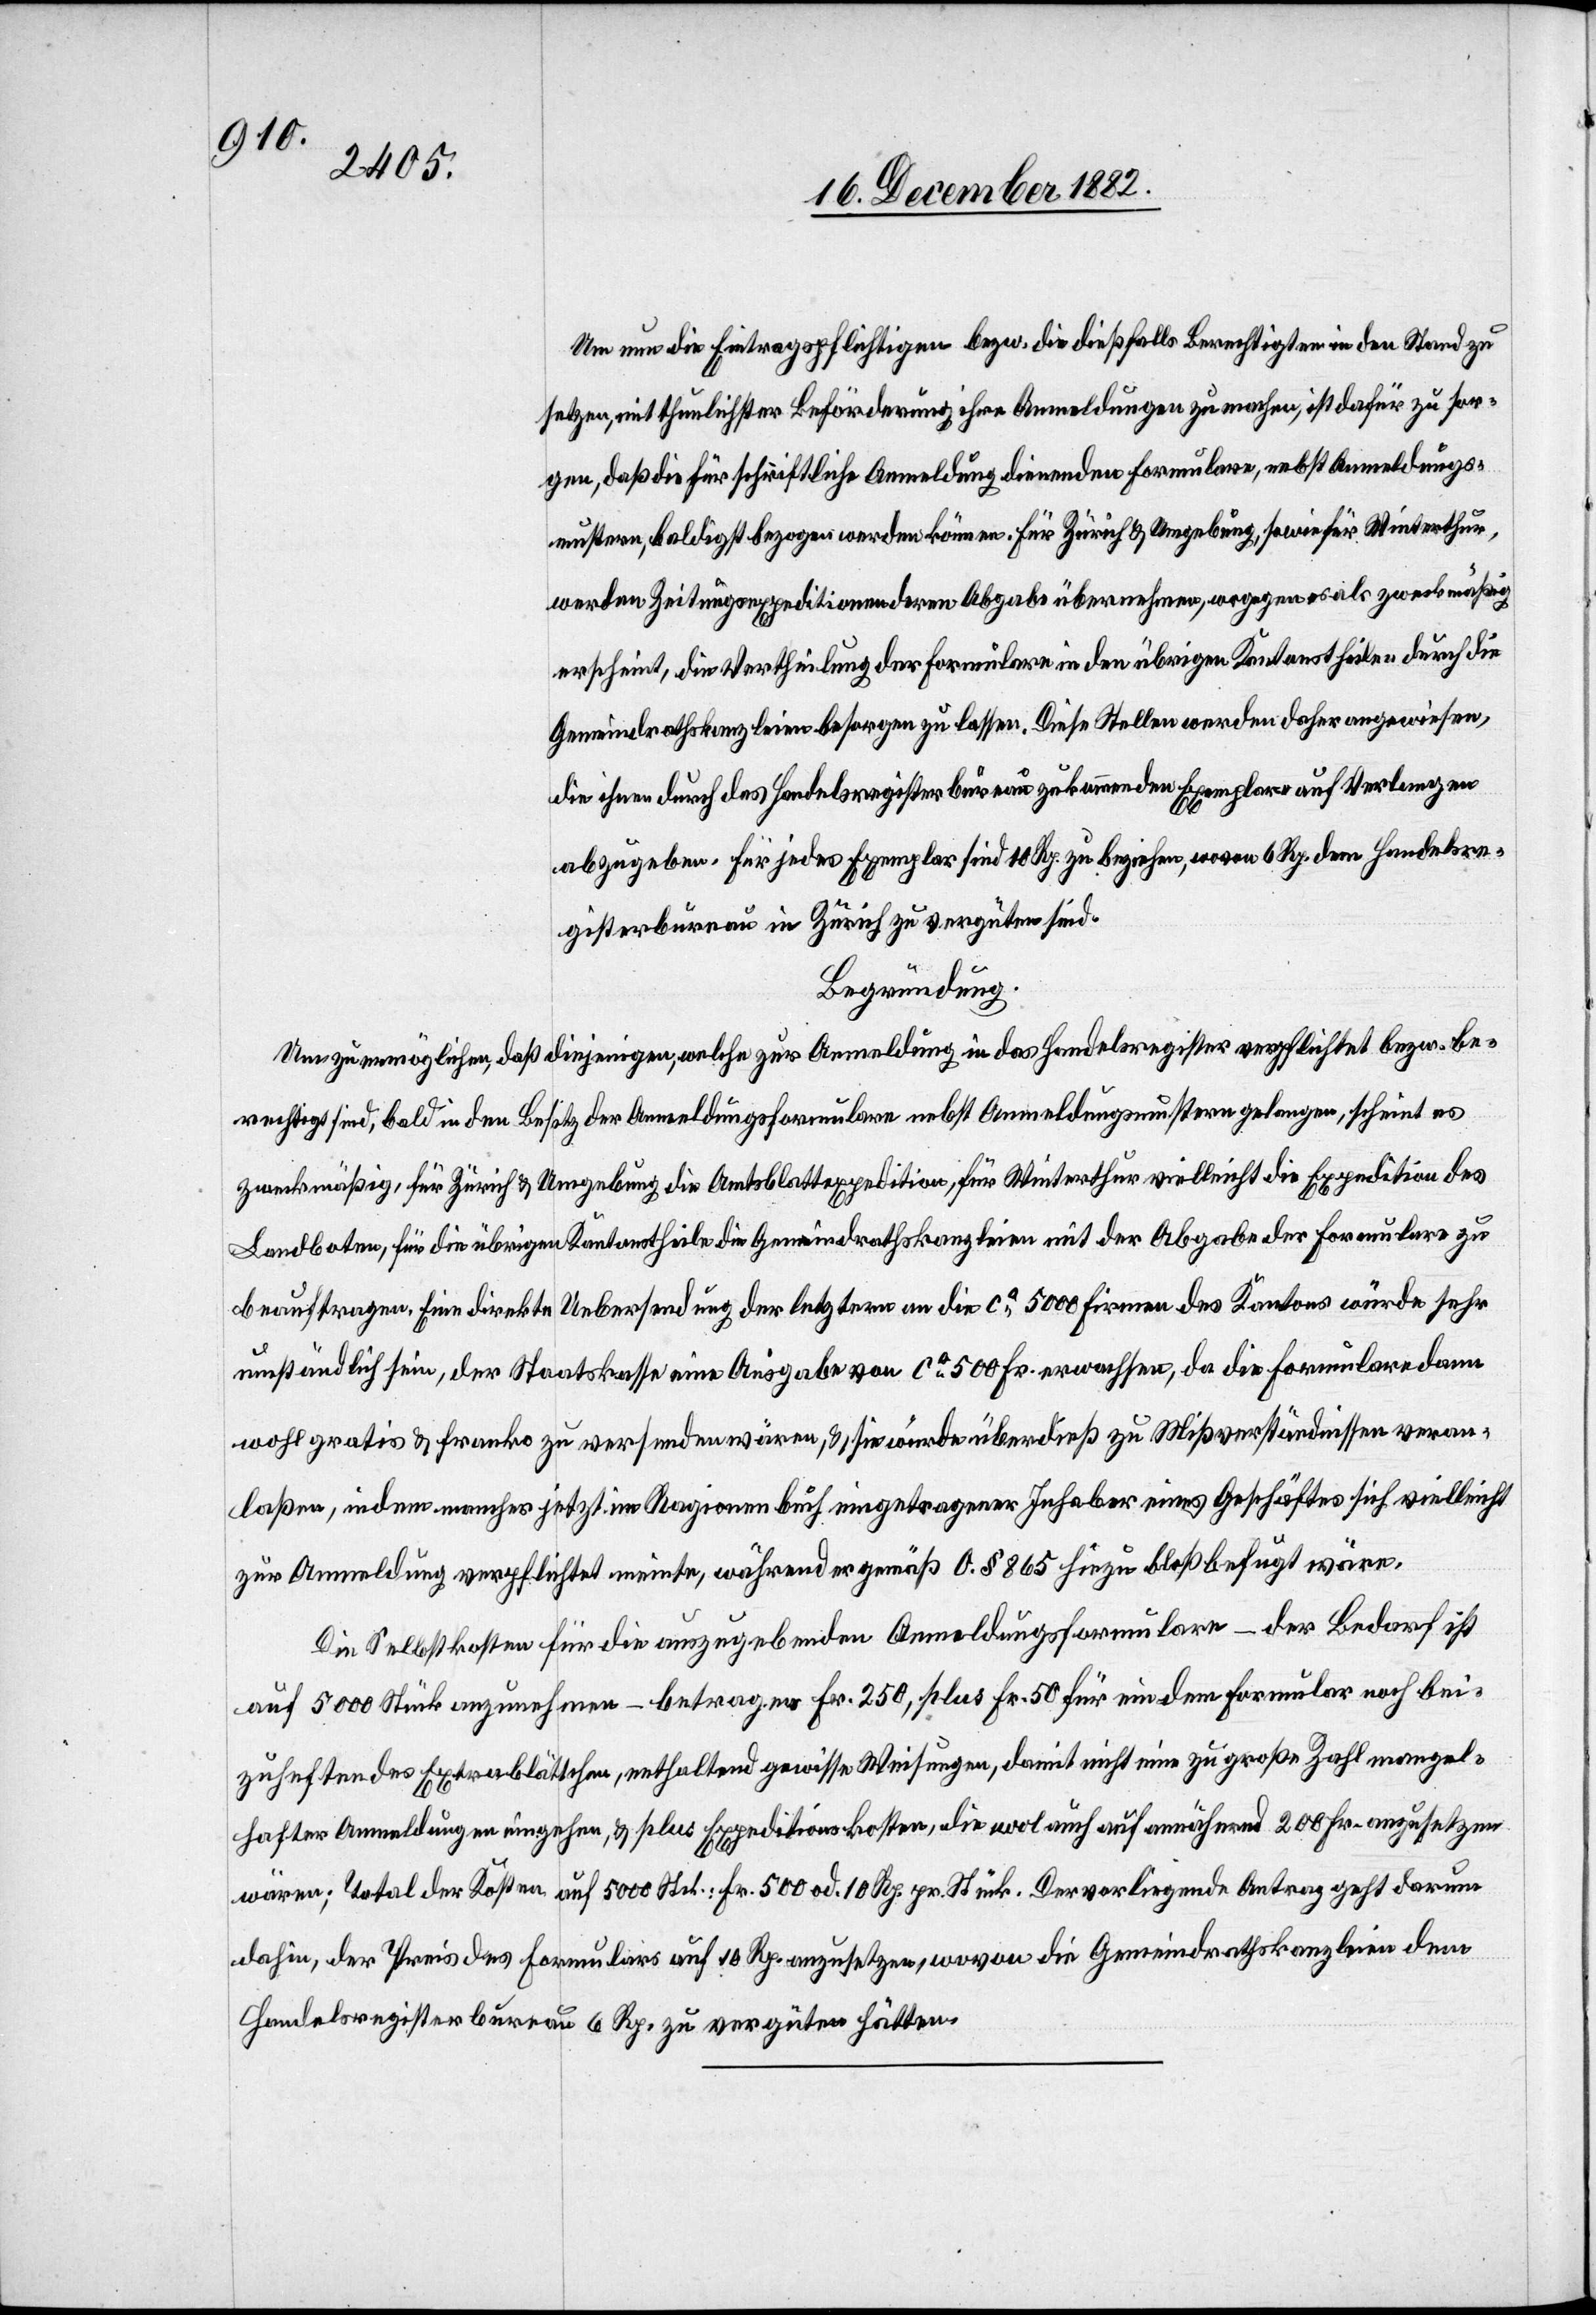
Um nun die Eintragspflichtigen bzw. die dießfalls Berechtigten in den Stand zu
setzen, mit thunlichster Beförderung ihre Anmeldungen zu machen, ist dafür zu sor¬
gen, daß die für schriftliche Anmeldung dienenden Formulare, nebst Anmeldungs¬
mustern, baldigst bezogen werden können. Für Zürich & Umgebung, sowie für Winterthur,
werden Zeitungsexpeditionen deren Abgabe übernehmen, wogegen es als zweckmäßig
erscheint, die Vertheilung der Formulare in den übrigen Kantonstheilen durch die
Gemeindrathskanzleien besorgen zu lassen. Diese Stellen werden daher angewiesen,
die Ihnen durch das Handelsregisterbureau zukommenden Exemplare auf Verlangen
abzugeben. Für jedes Exemplar sind 10 Rp. zu beziehen, wovon 6 Rp. dem Handelsre¬
gisterbureau in Zürich zu vergüten sind.
Begründung.
Um zu ermöglichen, daß diejenigen, welche zur Anmeldung in das Handelsregister verpflichtet bezw. be¬
rechtigt sind, bald in den Besitz der Anmeldungsformulare nebst Anmeldungsmustern gelangen, schient es
zweckmäßig, für Zürich & Umgebung die Amtsblattexpedition, für Winterthur vielleicht die Expedition des
Landboten, für die übrigen Kantonstheile die Gemeindrathskanzleien mit der Abgabe der Formulare zu
beauftragen. Eine direkte Uebersendung der letztern an die ca 5000 Firmen des Kantons würde sehr
umständlich sein, der Staatskasse eine Ausgabe von ca 500 Fr. erwachsen, da die Formulare dann
wohl gratis & franko zu versenden wären, & sie würde überdieß zu Mißverständnissen veran¬
laßen, indem mancher jetzt im Ragionenbuch eingetragene Inhaber eines Geschäftes sich vielleicht
zur Anmeldung verpflichtet meinte, während er gemäß O. § 865 hiezu bloß befugt wäre.
Die Selbstkosten für die auszugebenden Anmeldungsformulare – der Bedarf ist
auf 5000 Stück anzunehmen – betragen Fr. 250, plus Fr. 50 für ein dem Formular noch bei¬
zuheftendes Extrablättchen, enthaltend gewisse Weisungen, damit nicht eine zu große Zahl mangel¬
hafter Anmeldungen eingehen, & plus Expeditionskosten, die wol auch auf annährend 200 Fr. anzusetzen
wären; Total der Kosten auf 5000 Stck.: Fr. 500 od. 10 Rp. pr. Stück. Der vorliegende Antrag geht darum
dahin, der Preis des Formulars auf 10 Rp. anzusetzen, wovon die Gemeindrathskanzleien dem
Handelsregisterbureau 6 Rp. zu vergüten hätten.